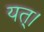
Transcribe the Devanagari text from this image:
यत्।